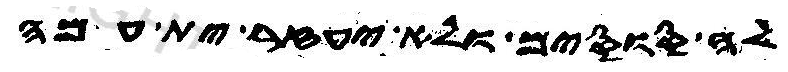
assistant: לה סוסים ולא יעזר ית עמה